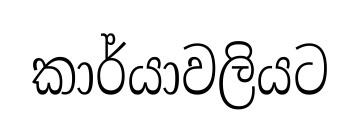
කාර්යාවලියට